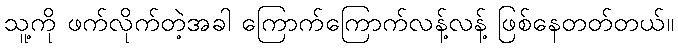
သူ့ကို ဖက်လိုက်တဲ့အခါ ကြောက်ကြောက်လန့်လန့် ဖြစ်နေတတ်တယ်။